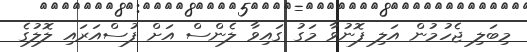
މިބަލި ޖެހުމުން އަލި ފޮނުވާ މަގު ގައިވާ ލެންސް އަށް ފުސްއަރައި ލޮލުގެ